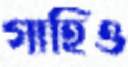
গাহিও